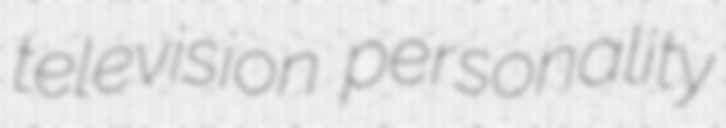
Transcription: television personality